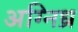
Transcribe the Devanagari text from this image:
अग्निध्र